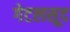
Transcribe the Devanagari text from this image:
गेटलसूद